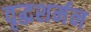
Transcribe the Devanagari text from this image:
वृद्धशर्मन